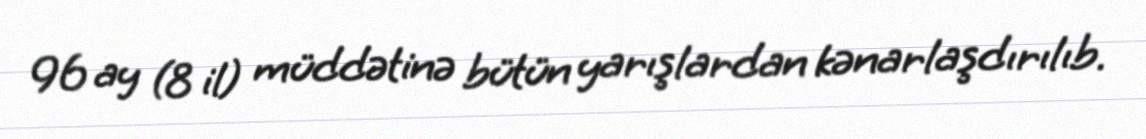
96 ay (8 il) müddətinə bütün yarışlardan kənarlaşdırılıb.